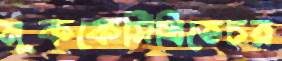
মূককেসিঁথিতেচর